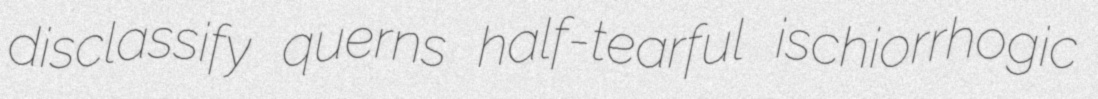
disclassify querns half-tearful ischiorrhogic